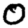
Digit: 0